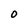
Character: O